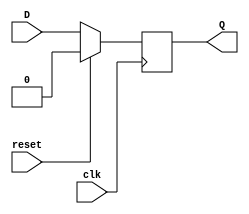
module seq_logic_block (
    input wire clk,
    input wire reset,
    input wire D,
    output reg Q
);

always @(posedge clk) begin
    if (reset) begin
        Q <= 1'b0;
    end else begin
        Q <= D;
    end
end

endmodule